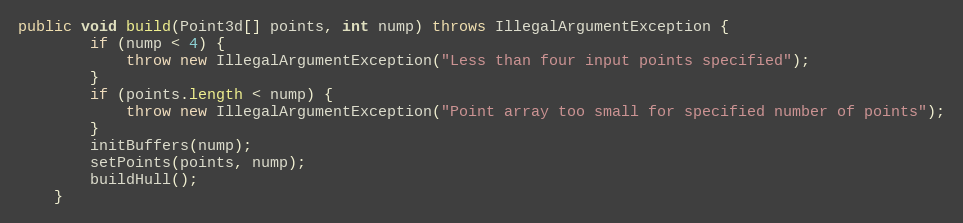
Language: Java
public void build(Point3d[] points, int nump) throws IllegalArgumentException {
        if (nump < 4) {
            throw new IllegalArgumentException("Less than four input points specified");
        }
        if (points.length < nump) {
            throw new IllegalArgumentException("Point array too small for specified number of points");
        }
        initBuffers(nump);
        setPoints(points, nump);
        buildHull();
    }